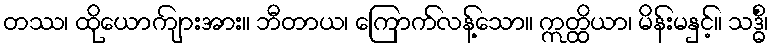
တဿ၊ ထိုယောကျ်ားအား။ ဘီတာယ၊ ကြောက်လန့်သော။ ဣတ္ထိယာ၊ မိန်းမနှင့်။ သဒ္ဓိံ၊